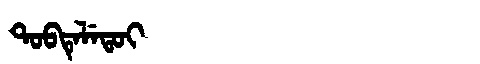
Manchu: ᡨᠣᠪᡨᡝᠯᡝᡨᠣᡳ
Romanization: TOBTELETOI